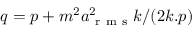
q = p + m ^ { 2 } a _ { \mathrm { ~ r ~ m ~ s ~ } } ^ { 2 } k / ( 2 k . p )